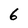
Character: 6